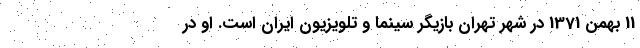
11 بهمن 1371 در شهر تهران بازیگر سینما و تلویزیون ایران است. او در